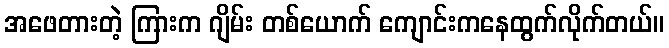
အဖေတားတဲ့ ကြားက ဂျိမ်း တစ်ယောက် ကျောင်းကနေထွက်လိုက်တယ်။